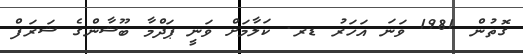
ގޮތުން 1981 ވަނަ އަހަރު ޑރ. ކަލާމަށް ވަނީ ޕަދްމާ ބޫޝާންގެ ޝަރަފް